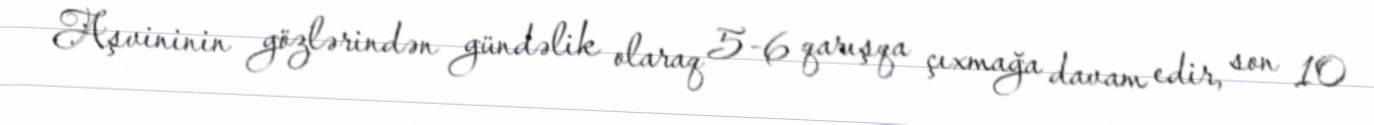
Aşvininin gözlərindən gündəlik olaraq 5-6 qarışqa çıxmağa davam edir, son 10